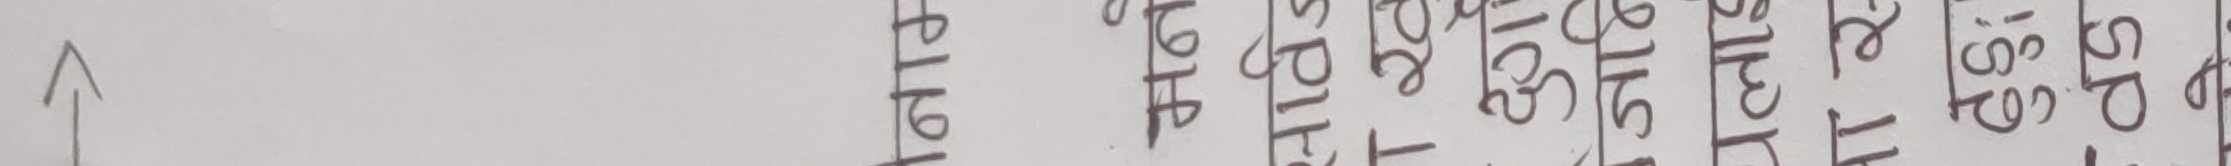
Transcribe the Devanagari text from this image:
एला 916